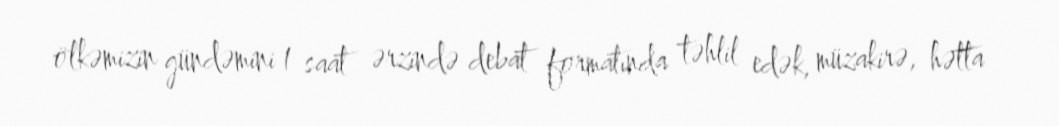
ölkəmizin gündəmini 1 saat ərzində debat formatında təhlil edək, müzakirə, hətta